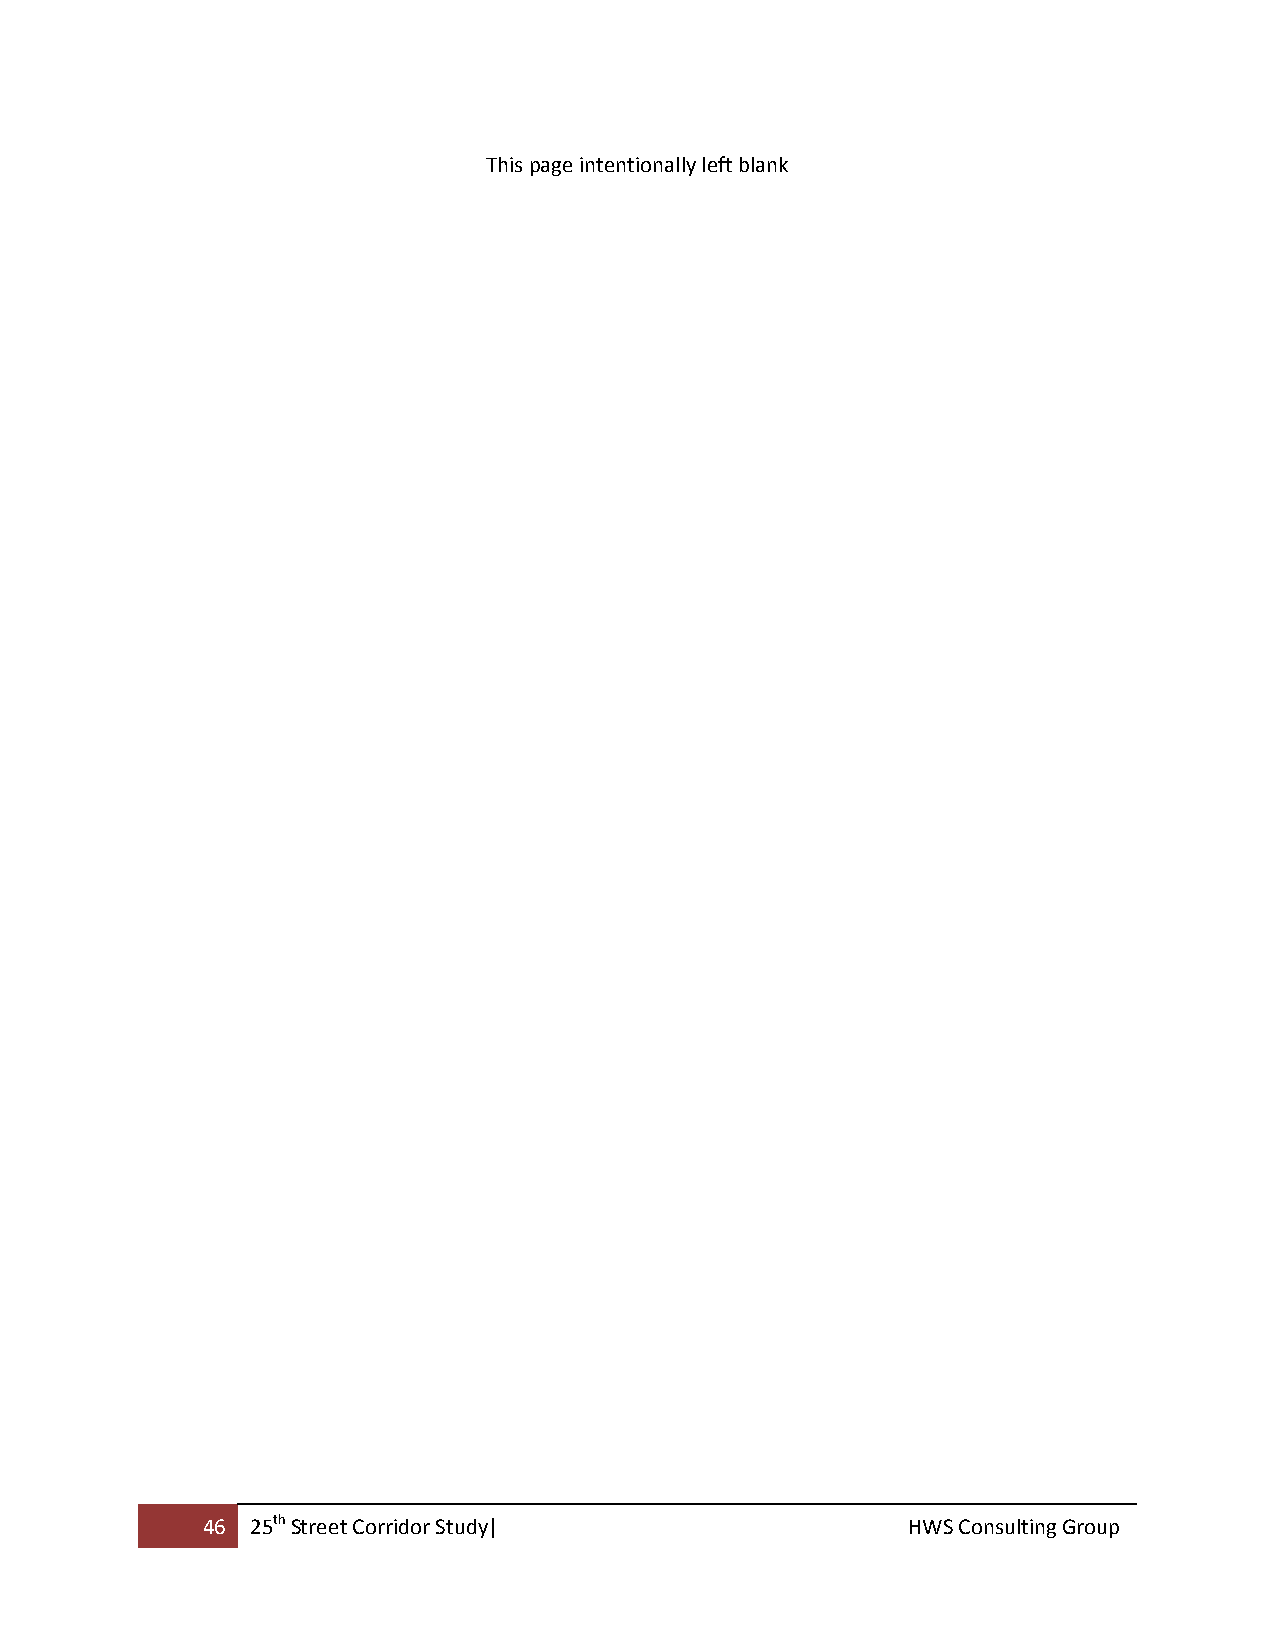
This page intentionally left blank
 46  25th Street Corridor Study|                HWS Consulting Group